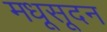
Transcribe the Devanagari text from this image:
मधूसूदन